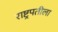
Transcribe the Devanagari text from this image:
राष्ट्रपतीला